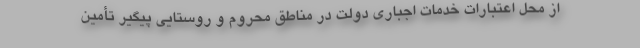
از محل اعتبارات خدمات اجباری دولت در مناطق محروم و روستایی پیگیر تأمین